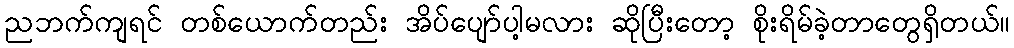
ညဘက်ကျရင် တစ်ယောက်တည်း အိပ်ပျော်ပါ့မလား ဆိုပြီးတော့ စိုးရိမ်ခဲ့တာတွေရှိတယ်။